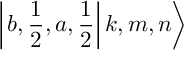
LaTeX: \left| \left. b , \frac { 1 } { 2 } , a , \frac { 1 } { 2 } \right| k , m , n \right\rangle